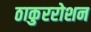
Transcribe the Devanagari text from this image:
ठाकुररोशन